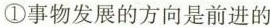
①事物发展的方向是前进的